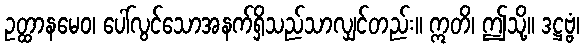
ဥတ္ထာနမေဝ၊ ပေါ်လွင်သောအနက်ရှိသည်သာလျှင်တည်း။ ဣတိ၊ ဤသို့။ ဒဋ္ဌဗ္ဗံ၊